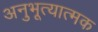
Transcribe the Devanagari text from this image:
अनुभूत्यात्मक